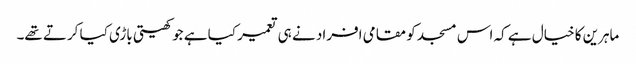
ماہرین کا خیال ہے کہ اس مسجد کو مقامی افراد نے ہی تعمیر کیا ہے جو کھیتی باڑی کیا کرتے تھے۔